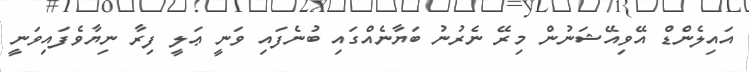
އައިލެންޑް އޭވިއޭޝަނުން މިރޭ ނެރުނު ބަޔާނެއްގައި ބުނެފައި ވަނީ ޢަލީ ފިރާ ނިޔާވެފައިވަނީ